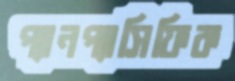
প্যানপ্যাসিফিক